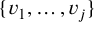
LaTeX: \{ v _ { 1 } , \ldots , v _ { j } \}